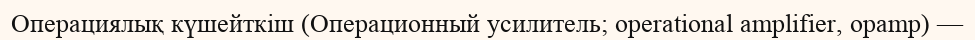
Операциялық күшейткіш (Операционный усилитель; operational amplifier, opamp) —